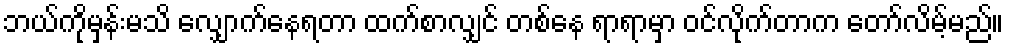
ဘယ်ကိုမှန်းမသိ လျှောက်နေရတာ ထက်စာလျှင် တစ်နေ ရာရာမှာ ဝင်လိုက်တာက တော်လိမ့်မည်။